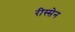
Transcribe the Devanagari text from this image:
रीस्सेन